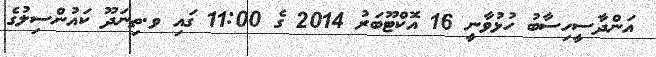
އަންދާސީހިސާބު ހުޅުވާނީ 16 އޮކްޓޫބަރު 2014 ގެ 11:00 ގައި ވ.ތިނަދޫ ކައުންސިލުގެ